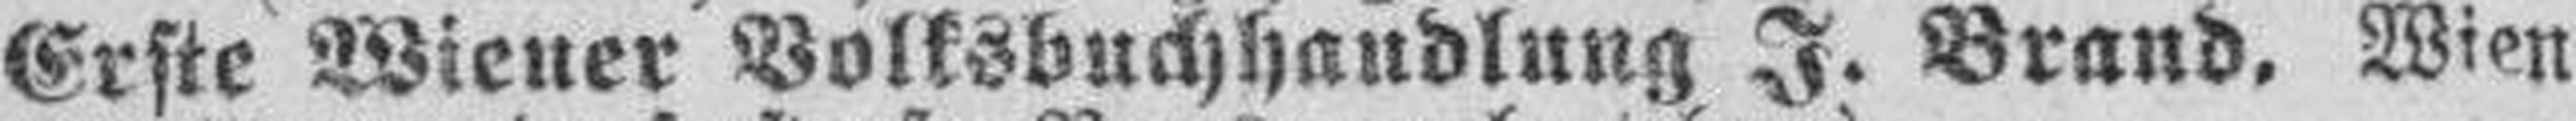
Erste Wiener Volksbuchhandlung J. Brand. Wien